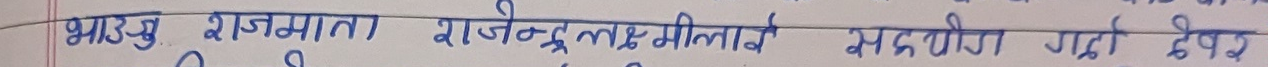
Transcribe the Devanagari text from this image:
भासु राजमाता राजेन्द्रलक्ष्मीलाई मदद गर्थे देव